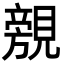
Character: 覫